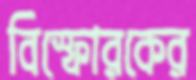
বিস্ফোরকের